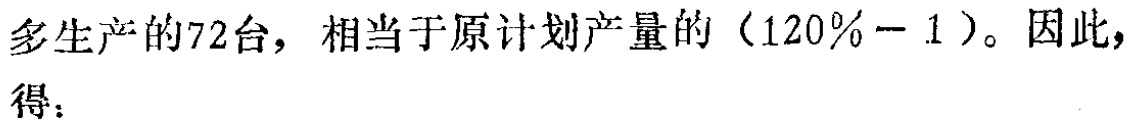
多生产的72台，相当于原计划产量的（120%－1）。因此，得：